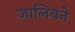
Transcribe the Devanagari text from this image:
जालिबने